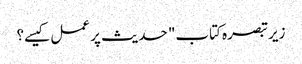
زیر تبصرہ کتاب" حدیث پر عمل کیسے؟